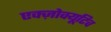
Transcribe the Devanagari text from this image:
एक्ज़ोक्यूटिव